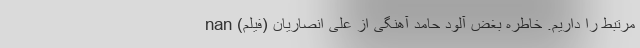
مرتبط را داریم. خاطره بغض آلود حامد آهنگی از علی انصاریان (فیلم) nan